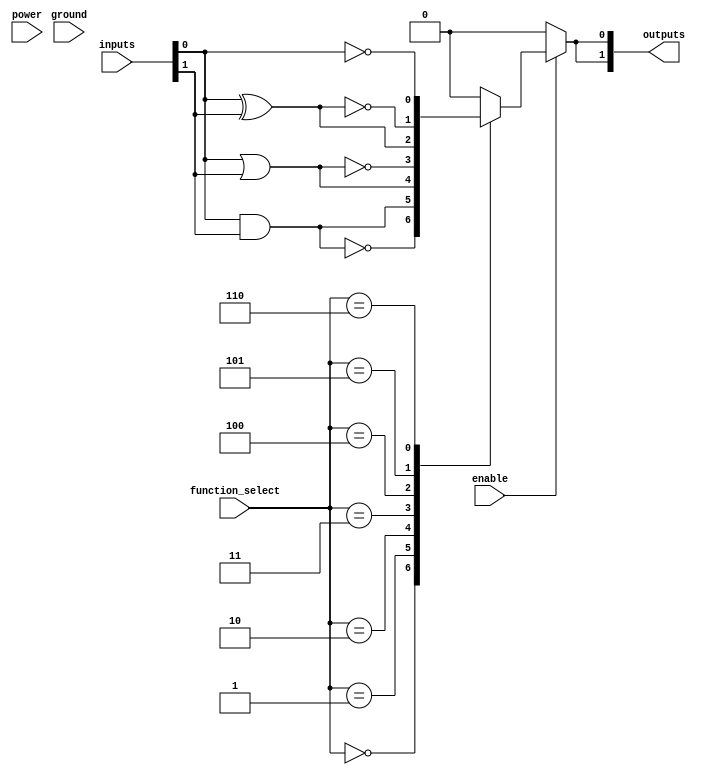
module combinational_logic_block #(
    parameter NUM_INPUTS = 4,  // Number of inputs (can be 2, 4, 8, etc.)
    parameter NUM_OUTPUTS = 2   // Number of outputs
)(
    input  wire [NUM_INPUTS-1:0] inputs,   // Input signals
    input  wire [2:0] function_select,      // Selects the logic function
    input  wire enable,                      // Enable signal for the logic block
    output wire [NUM_OUTPUTS-1:0] outputs,  // Output signals
    input  wire power,                       // Power connection
    input  wire ground                       // Ground connection
);

    // Intermediate signals for logic operations
    wire [NUM_INPUTS-1:0] logic_out;
    wire [NUM_OUTPUTS-1:0] final_output;

    // Generate logic functions based on function_select
    generate
        genvar i;
        for (i = 0; i < NUM_OUTPUTS; i = i + 1) begin : gen_logic
            always @(*) begin
                if(enable) begin
                    case (function_select)
                        3'b000: final_output[i] = ~(inputs[0] & inputs[1]); // NAND
                        3'b001: final_output[i] = inputs[0] & inputs[1];   // AND
                        3'b010: final_output[i] = inputs[0] | inputs[1];   // OR
                        3'b011: final_output[i] = ~(inputs[0] | inputs[1]); // NOR
                        3'b100: final_output[i] = inputs[0] ^ inputs[1];   // XOR
                        3'b101: final_output[i] = ~(inputs[0] ^ inputs[1]); // XNOR
                        3'b110: final_output[i] = ~inputs[0];                // NOT
                        default: final_output[i] = 1'b0;                     // Default to 0
                    endcase
                end else begin
                    final_output[i] = 1'b0; // Disable logic output
                end
            end
        end
    endgenerate

    // Assign final output
    assign outputs = final_output;

endmodule